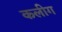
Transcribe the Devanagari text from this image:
कलीग